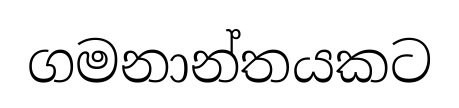
ගමනාන්තයකට